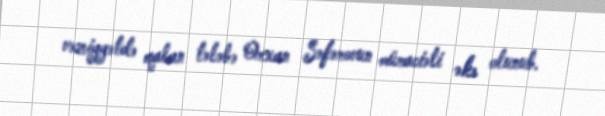
vəziyyətdə qalan tələbə Orxan Səfərovun müraciəti əks olunub.